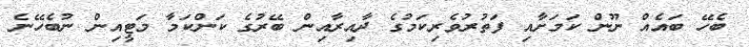
ބެހޭ ބައެއް ނޫން ކަމަށާއި ފަތުރުވެރިކަމުގެ ދާއިރާއިން ބޭރުގެ ކަންކަމާ މަޓީއިން ނުބެހޭނެ